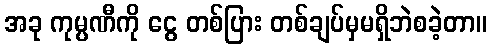
အခု ကုမ္ပဏီကို ငွေ တစ်ပြား တစ်ချပ်မှမရှိဘဲစခဲ့တာ။